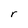
Character: r